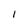
Character: 1